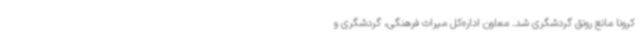
کرونا مانع رونق گردشگری شد. معاون اداره‌کل میراث فرهنگی، گردشگری و